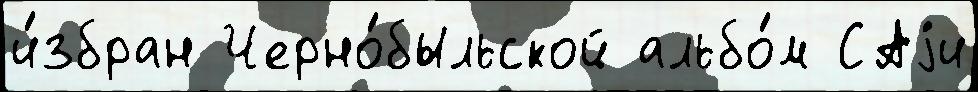
и́збран Черно́быльской альбо́м САjи